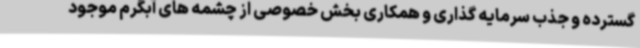
گسترده و جذب سرمایه گذاری و همکاری بخش خصوصی از چشمه های آبگرم موجود